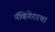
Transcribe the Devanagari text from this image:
नॅव्हिगेटरचा